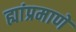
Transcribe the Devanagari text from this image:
ह्यांप्रमाणे